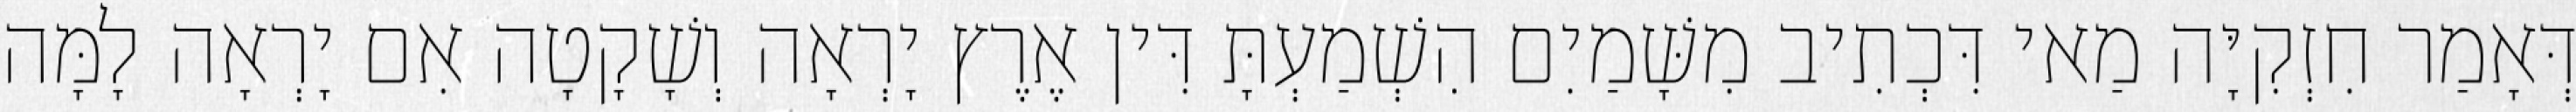
דְּאָמַר חִזְקִיָּה מַאי דִּכְתִיב מִשָּׁמַיִם הִשְׁמַעְתָּ דִּין אֶרֶץ יָרְאָה וְשָׁקָטָה אִם יָרְאָה לָמָּה